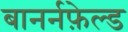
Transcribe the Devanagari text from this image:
बानर्नफ़ेल्ड